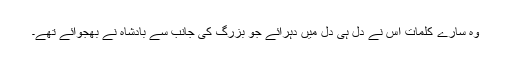
وہ سارے کلمات اس نے دل ہی دل میں دہرائے جو بزرگ کی جانب سے بادشاہ نے بھجوائے تھے۔